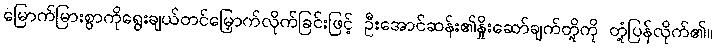
မြောက်မြားစွာကိုရွေးချယ်တင်မြှောက်လိုက်ခြင်းဖြင့် ဦးအောင်ဆန်း၏နှိုးဆော်ချက်တို့ကို တုံ့ပြန်လိုက်၏။